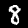
Digit: 8